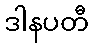
ဒါနပတီ